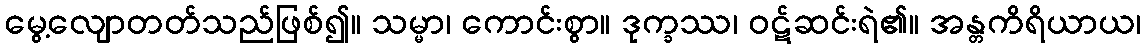
မွေ့လျောတတ်သည်ဖြစ်၍။ သမ္မာ၊ ကောင်းစွာ။ ဒုက္ခဿ၊ ဝဋ်ဆင်းရဲ၏။ အန္တကိရိယာယ၊